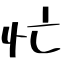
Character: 忙